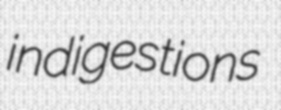
indigestions